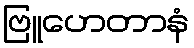
ဗြူဟေတာနံ